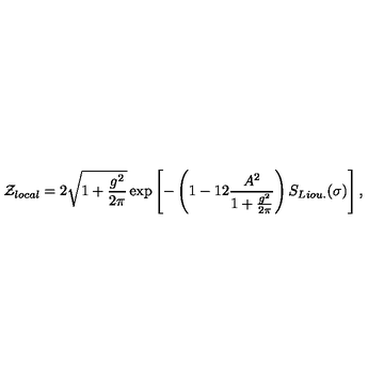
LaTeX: { \cal Z } _ { l o c a l } = 2 \sqrt { 1 + { \frac { g ^ { 2 } } { 2 \pi } } } \exp \left[ - \left( 1 - { 1 2 } { \frac { A ^ { 2 } } { 1 + { \frac { g ^ { 2 } } { 2 \pi } } } } \right) S _ { L i o u . } ( \sigma ) \right] ,